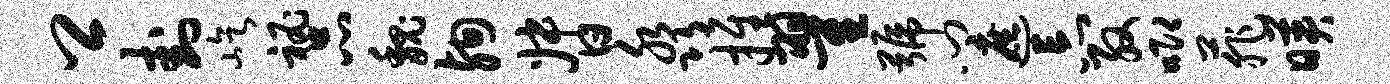
卿卦屹秘品魏殉督淼推翟号门遮忘殷唧菲映